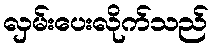
လှမ်းပေးလိုက်သည်